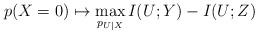
LaTeX: \begin{align*} p(X=0)\mapsto \max_{p_{U|X}} I(U;Y)-I(U;Z)\end{align*}